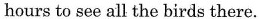
hours to see all the birds there.